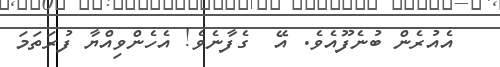
އެއުރެން ބުނެފޫއެވެ. އޭ  ގެފާނެވެ! އެހެންވިއްޔާ ފުރަތަމަ